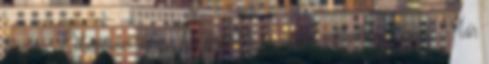
kiscica. Lihegésem egyre hangosabb és egyre mélyebbről jövő. Már